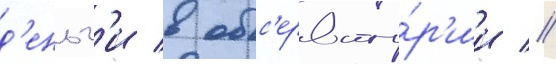
д'еньг'и в обс'ервато́р'ии //